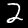
Label: 2